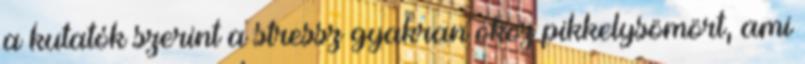
a kutatók szerint a stressz gyakran okoz pikkelysömört, ami